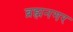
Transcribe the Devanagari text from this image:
ब्रह्मनगर